Leningradi_Edasi_toimetus, lk 9
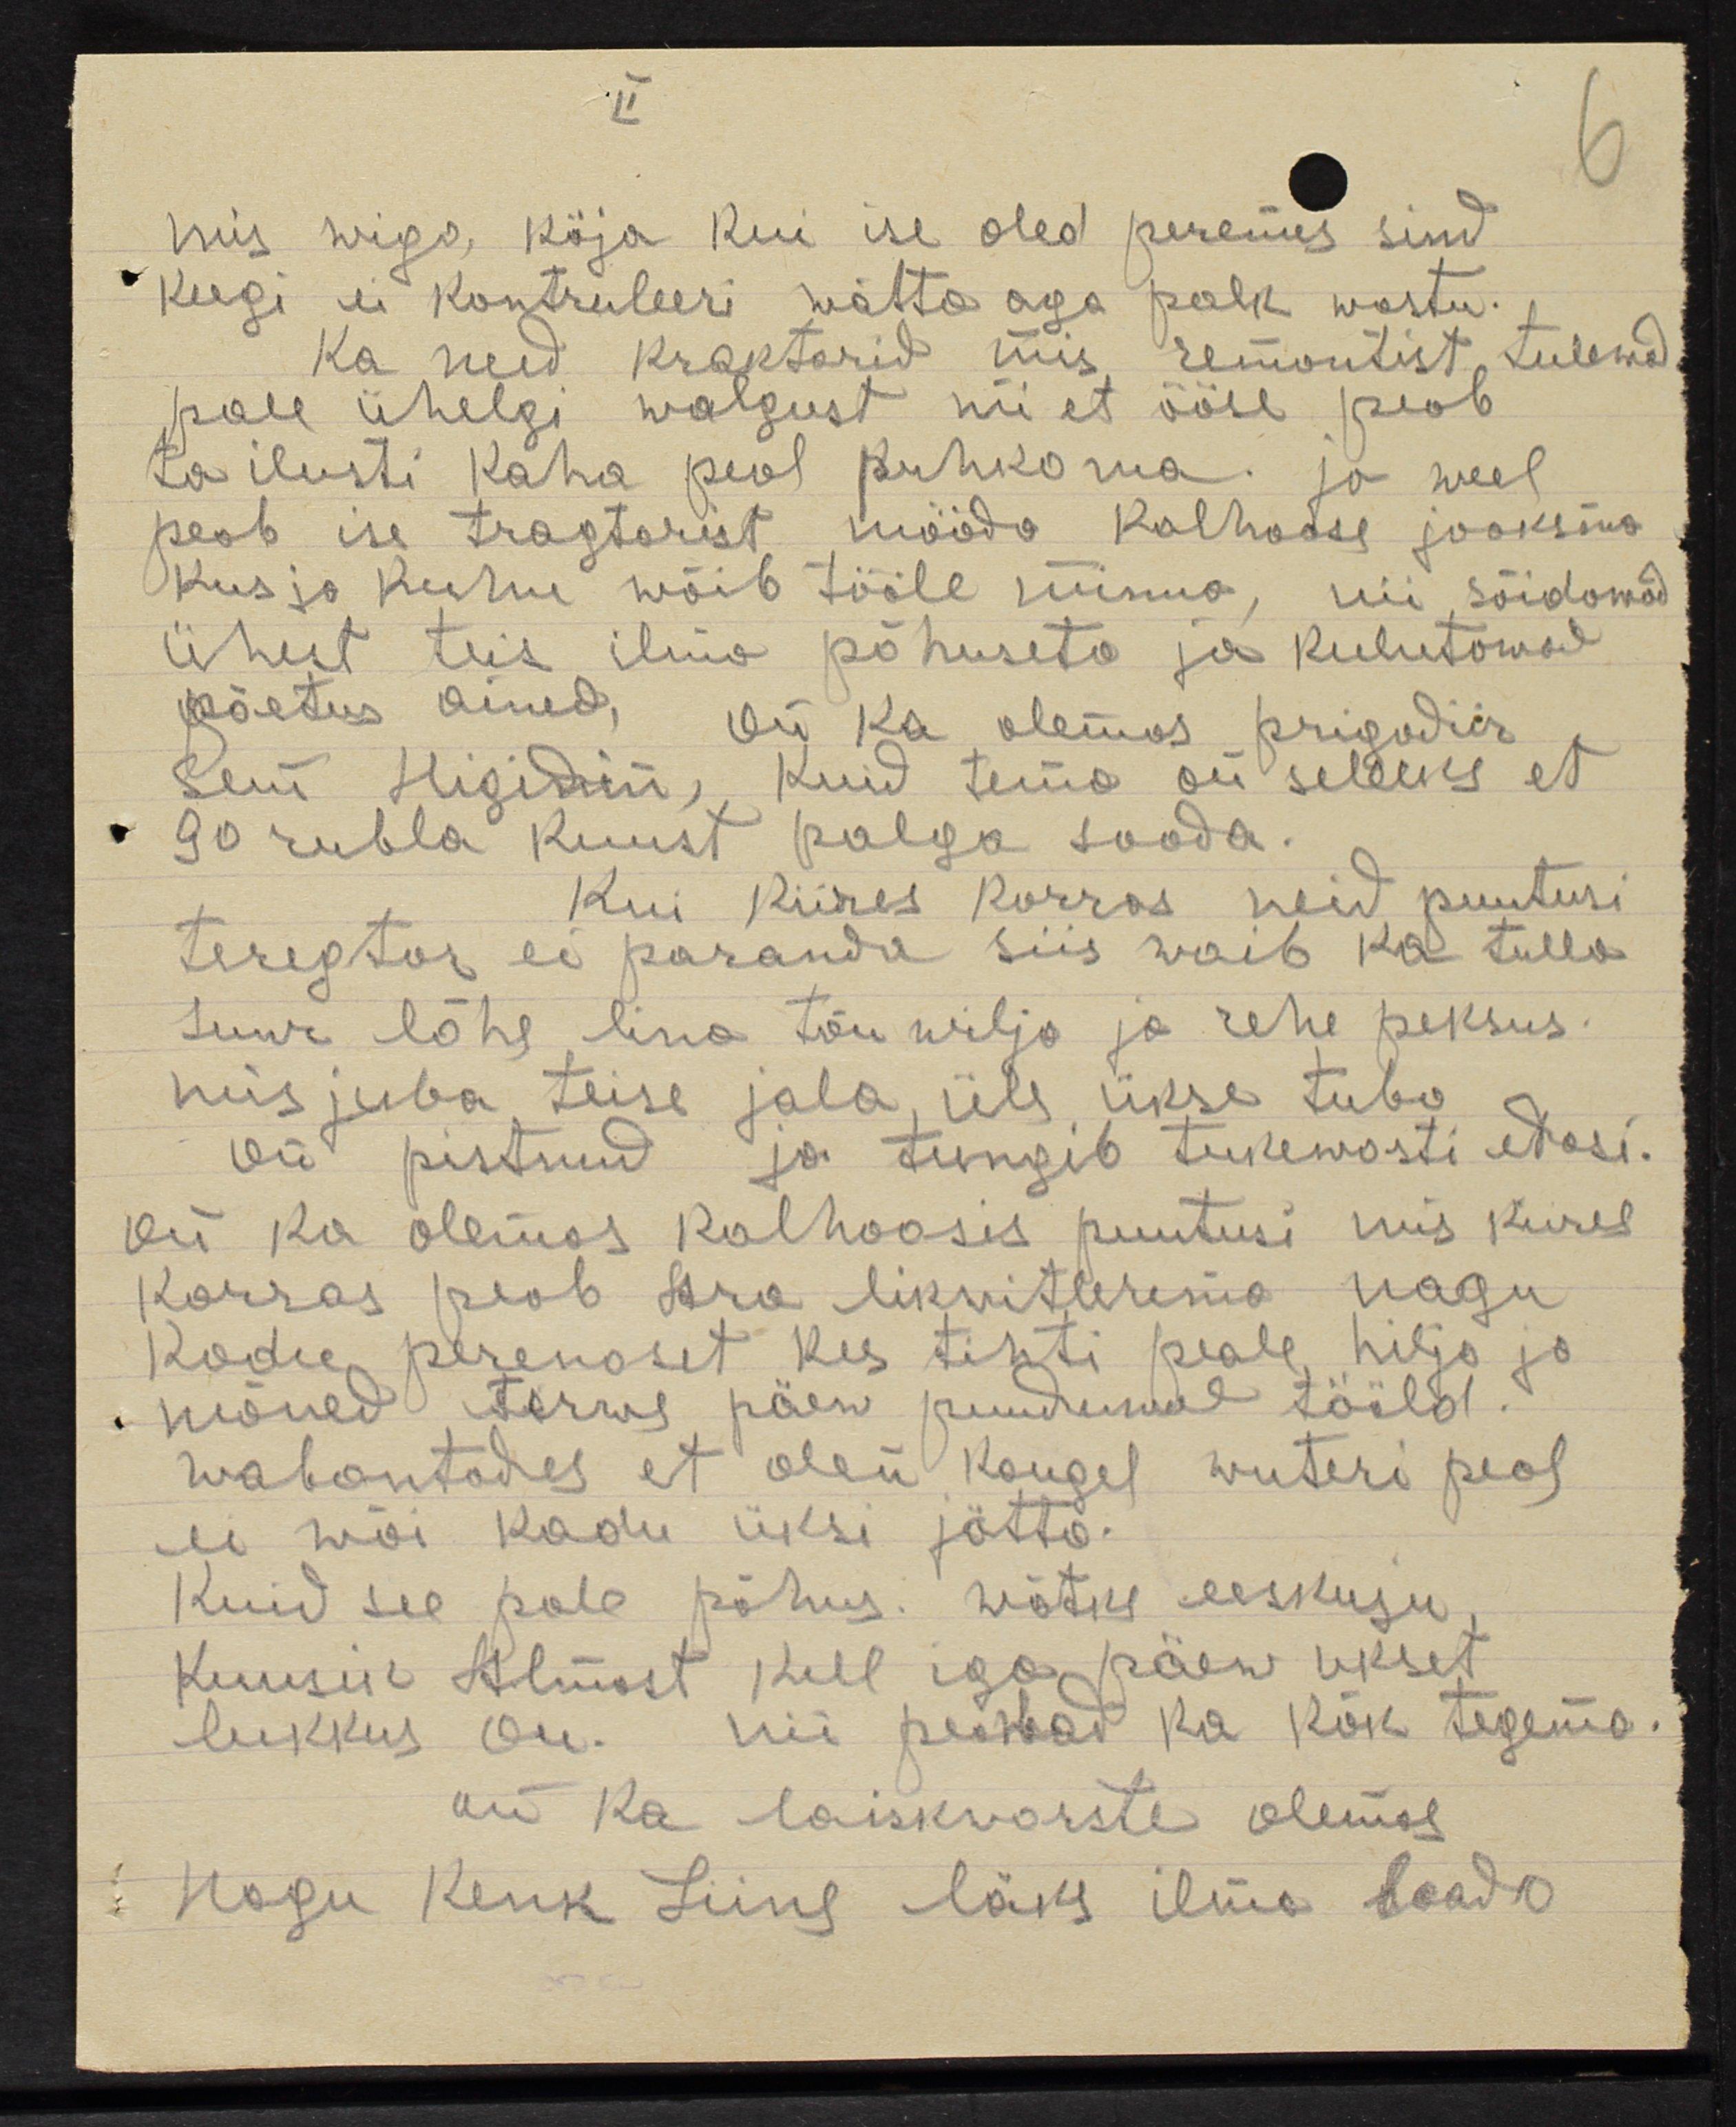
mis wiga, käja kui ise oled peremes sind
keegi ei kontruleeri wõtta aga palk wastu.
ka need traktorid mis remontist tulewad
pole ühelgi walgust nii et ööse peab
Ta ilusti kaha peal puhkama. ja weel
peab ise tragtarist mööda kolhoose jooksma
kus ja kuhu wõib tööle minna, nii sõidawad
Ühest teis ilma põhuseta ja kulutawad
põetus ained, on ka olemas prigadis
Seni higidni, kuid tema on selleks et
90 rubla kuust palga saada.
Kui kiides korras neid puutusi
teregtor ei paranda siis waib ka tulla
suur lõhe lina tõu wilja ja rehe peksus.
mis juba teise jala, üle ükse tuba
on pistnud ja tungib tukewosti edasi.
kui ka olemas kolhoosis puutusi mis kiires
korras peab ära likvideerema nagu
kodu perenaset kes tihti peale hilja ja
mõned terwe päew puuduwal tööld.
wabantades et olen kaugel wuteri peal
ei wõi kodu üksi jätta.
Kuid see pole põhus. wõtke eeskuju,
Kuusik Almaat kell igapäew ukset
lukkus on. nii peawad ka kõk tegema.
nii ka laiskvorste olemas.
Nagu Kenk Liine läks ilma laoda